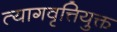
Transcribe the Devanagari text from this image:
त्यागवृत्तियुक्त